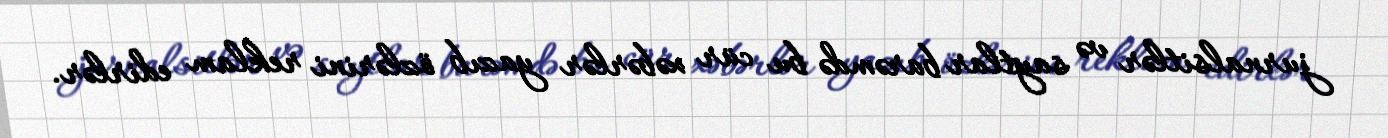
jurnalsitlər və saytlar barəmdə bu cür xəbərlər yazıb özlərini reklam edirlər.